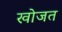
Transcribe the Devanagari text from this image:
खोजत